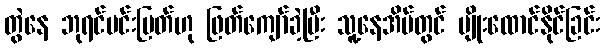
တွဲနေ ဘုရင်မင်းမြတ်ဟု ဖြတ်ကျော်ခဲ့ပြီး သူ့နေအိမ်တွင် ပျိုးထောင်နိုင်ခြင်း